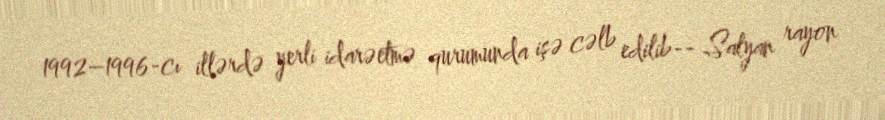
1992–1996-cı illərdə yerli idarəetmə qurumunda işə cəlb edilib-- Salyan rayon